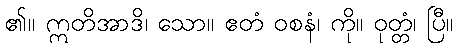
၏။ ဣတိအာဒိ၊ သော။ ဧတံ ဝစနံ၊ ကို။ ဝုတ္တံ၊ ပြီ။